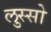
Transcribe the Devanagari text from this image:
लुस्सो